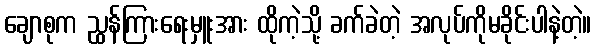
ချောစုက ညွှန်ကြားရေးမှူးအား ထိုကဲ့သို့ ခက်ခဲတဲ့ အလုပ်ကိုမခိုင်းပါနဲ့တဲ့။